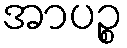
အာပဉ္စ